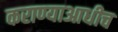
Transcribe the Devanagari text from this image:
कराण्याआधीच